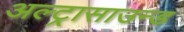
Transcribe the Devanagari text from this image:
अल्‍ट्रासाउन्‍ड